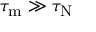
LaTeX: \tau _ { \mathrm { m } } \gg \tau _ { \mathrm { N } }